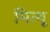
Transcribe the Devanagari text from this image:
मित्थू